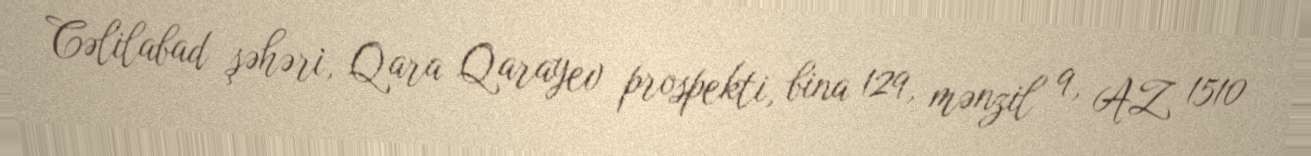
Cəlilabad şəhəri, Qara Qarayev prospekti, bina 129, mənzil 9, AZ 1510